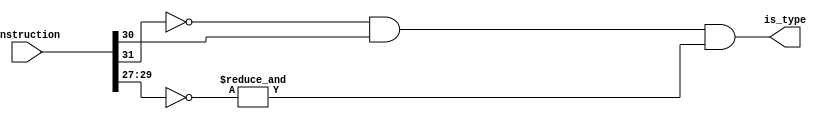
module load(is_type, instruction);
    input [31:0] instruction;
    output is_type;

    // 01000
    assign is_type = !instruction[31] && instruction[30] && &(~instruction[29:27]);
endmodule